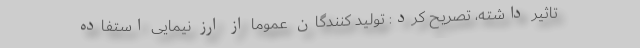
تاثیر داشته، تصریح کرد: تولید کنندگان عموماً از ارز نیمایی استفاده